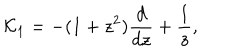
{ \cal K } _ { 1 } = - ( 1 + z ^ { 2 } ) { \frac { d } { d z } } + { \frac { 1 } { z } } ,